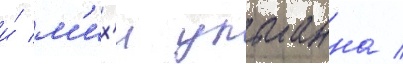
и́ м'их'и ульманна /